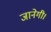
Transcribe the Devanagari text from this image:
जानेगी।